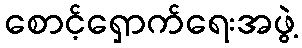
စောင့်ရှောက်ရေးအဖွဲ့